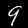
Label: 9